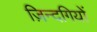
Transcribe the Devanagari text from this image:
ज़िन्दगियों